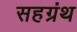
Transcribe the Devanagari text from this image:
सहग्रंथ